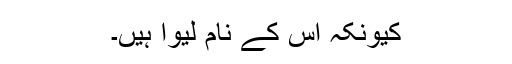
کیونکہ اس کے نام لیوا ہیں۔